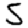
Digit: 5